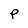
Character: P